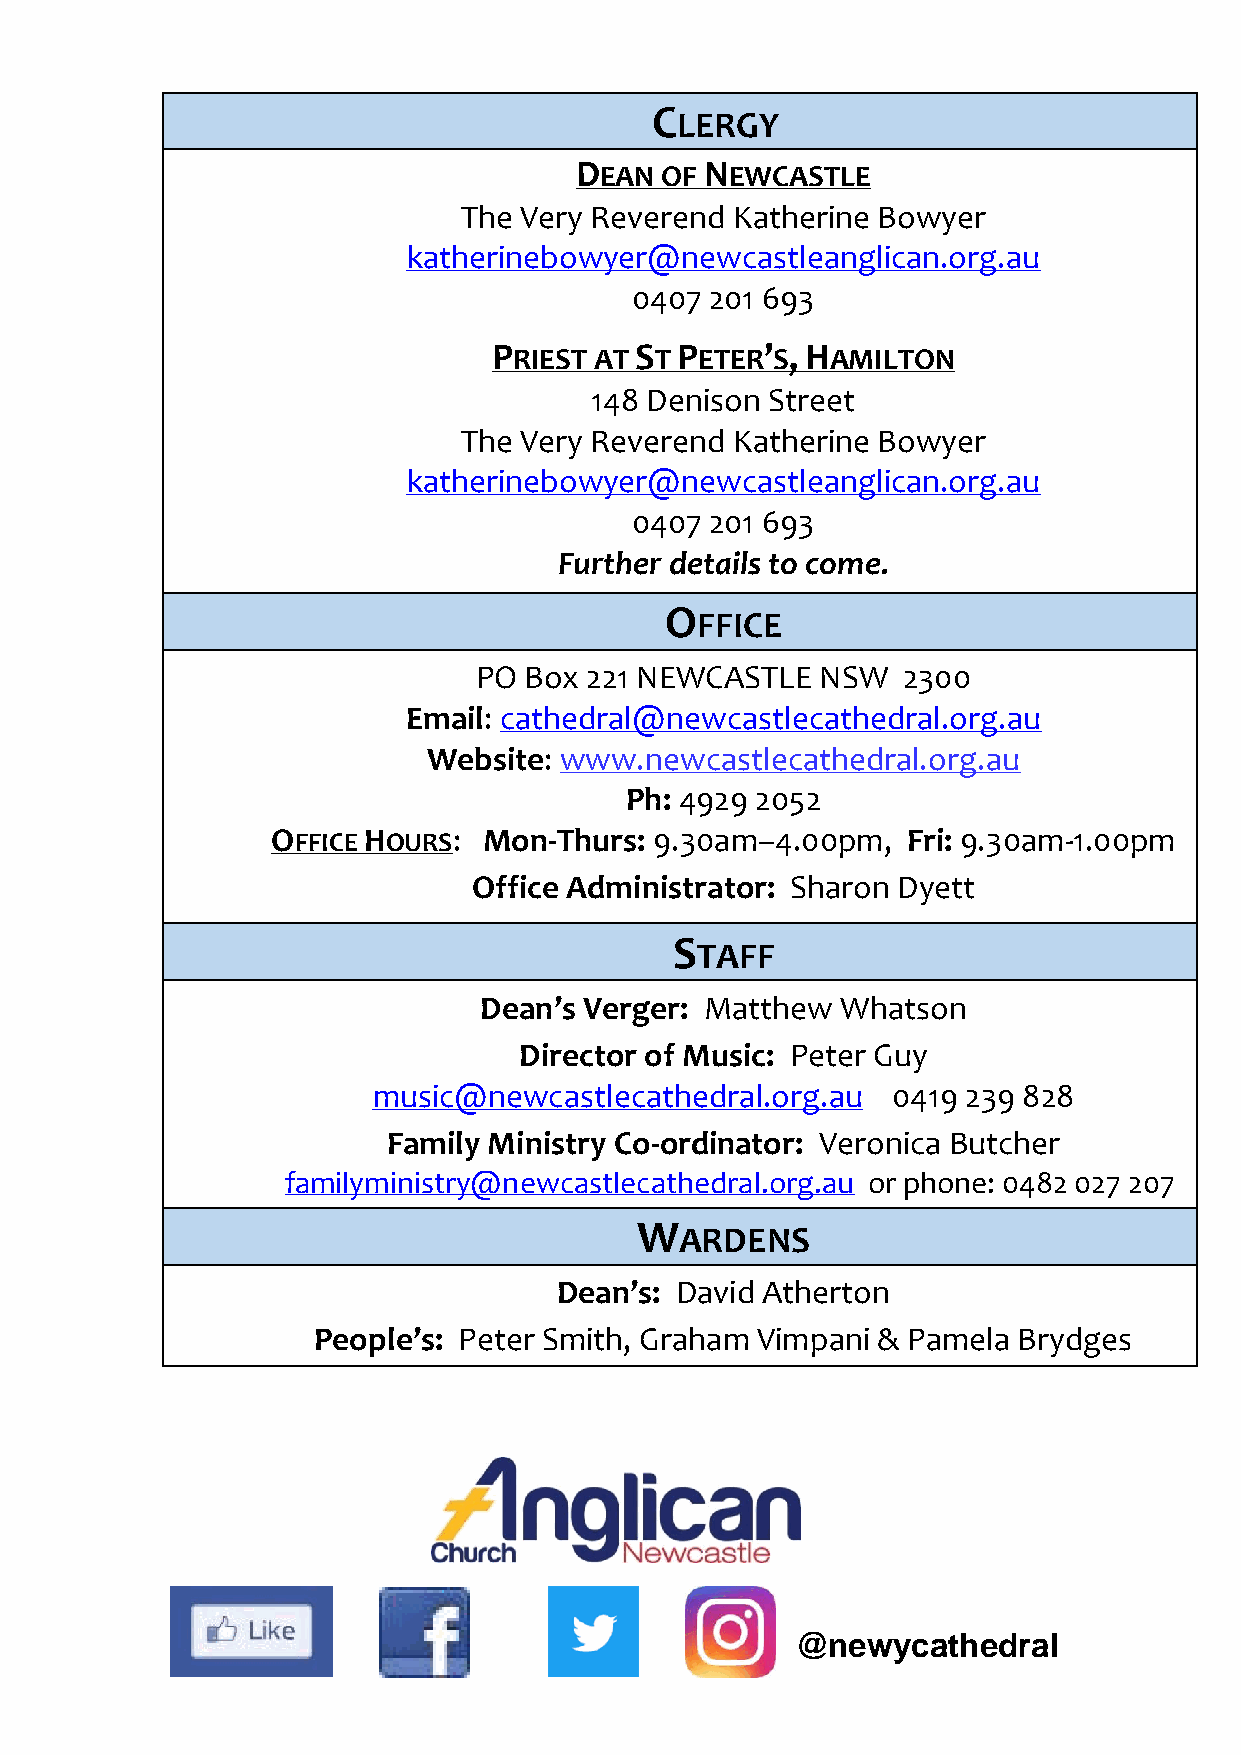
C
 LERGY
 DEAN  OF NEWCASTLE
 The Very Reverend Katherine Bowyer
 katherinebowyer@newcastleanglican.org.au
 0407 201 693
 PRIEST AT ST PETER’S, HAMILTON
 148 Denison Street
 The Very Reverend Katherine Bowyer
 katherinebowyer@newcastleanglican.org.au
 0407 201 693
 Further details to come.
 O
 FFICE
 PO  Box 221 NEWCASTLE  NSW   2300
 Email: cathedral@newcastlecathedral.org.au
 Website: www.newcastlecathedral.org.au
 Ph: 4929 2052
 OFFICE HOURS: Mon-Thurs: 9.30am–4.00pm,   Fri: 9.30am-1.00pm
 Office Administrator: Sharon Dyett
 S
 TAFF
 Dean’s Verger: Matthew  Whatson
 Director of Music: Peter Guy
 music@newcastlecathedral.org.au   0419 239 828
 Family Ministry Co-ordinator: Veronica Butcher
 familyministry@newcastlecathedral.org.au or phone: 0482 027 207
 W
 ARDENS
 Dean’s: David Atherton
 People’s: Peter Smith, Graham Vimpani & Pamela Brydges
 @newycathedral